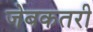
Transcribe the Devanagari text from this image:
जेबकतरी